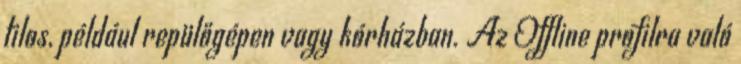
tilos, például repülőgépen vagy kórházban. Az Offline profilra való